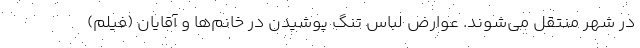
در شهر منتقل می‌شوند. عوارض لباس تنگ پوشیدن در خانم‌ها و آقایان (فیلم)